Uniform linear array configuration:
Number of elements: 12
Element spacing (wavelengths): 1
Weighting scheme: hann
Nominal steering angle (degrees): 15
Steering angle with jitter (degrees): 13.576
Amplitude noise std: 0.05
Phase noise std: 0.05

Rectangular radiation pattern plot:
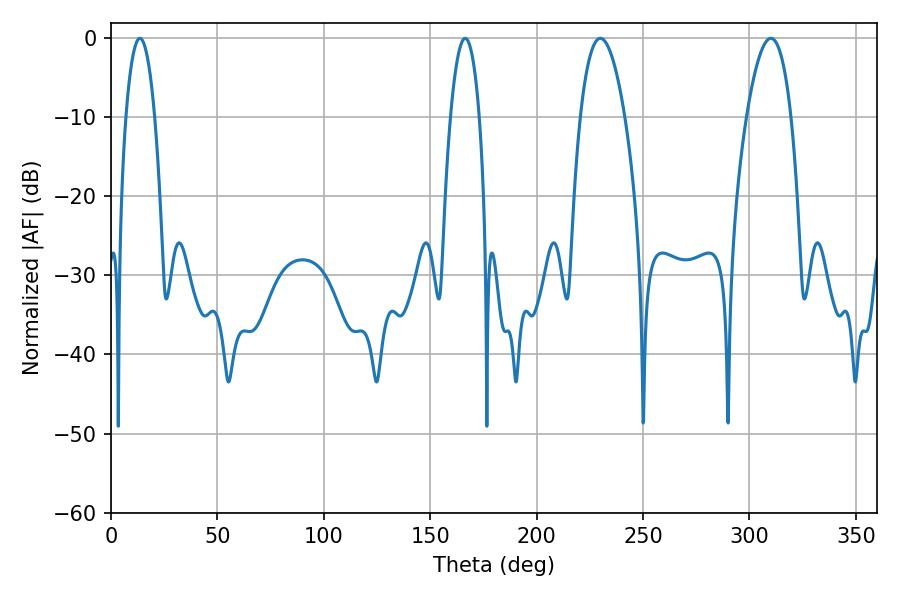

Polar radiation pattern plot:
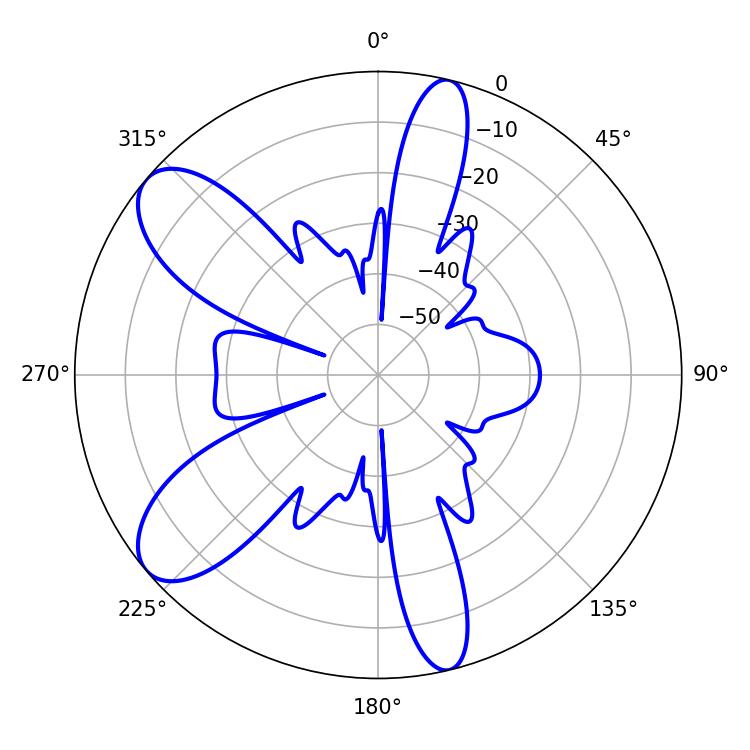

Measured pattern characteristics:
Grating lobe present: TRUE
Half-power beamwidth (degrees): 11.52
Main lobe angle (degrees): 229.86